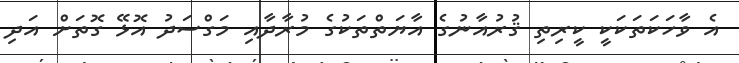
އެ ވާހަކަތަކަކީ ކީރިތި ޤުރުއާނުގެ އާޔަތްތަކުގެ މުރާދާއި މަގްސަދު އޮޅޭ ގޮތަށް އަދި